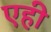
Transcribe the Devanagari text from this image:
एही